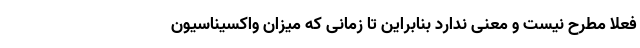
فعلا مطرح نیست و معنی ندارد بنابراین تا زمانی که میزان واکسیناسیون